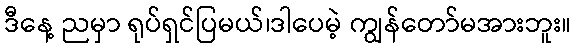
ဒီနေ့ ညမှာ ရုပ်ရှင်ပြမယ်၊ဒါပေမဲ့ ကျွန်တော်မအားဘူး။